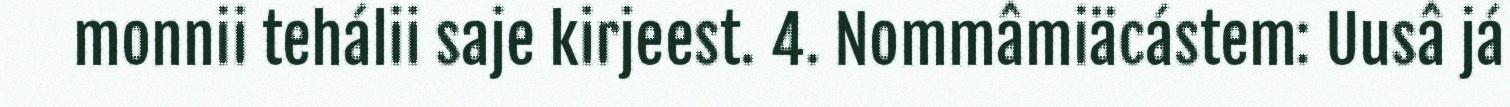
monnii tehálii saje kirjeest. 4. Nommâmiäcástem: Uusâ já